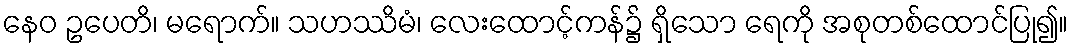
နေဝ ဥပေတိ၊ မရောက်။ သဟဿိမံ၊ လေးထောင့်ကန်၌ ရှိသော ရေကို အစုတစ်ထောင်ပြု၍။